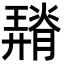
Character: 𦡠